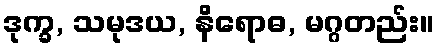
ဒုက္ခ, သမုဒယ, နိရောဓ, မဂ္ဂတည်း။